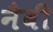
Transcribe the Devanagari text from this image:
नैवी